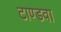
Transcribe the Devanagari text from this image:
टाण्डवा